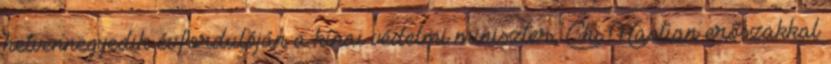
hetvennegyedik évfordulóján a kínai védelmi miniszter, Chi Haotian erőszakkal